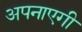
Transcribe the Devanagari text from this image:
अपनाएगी